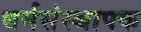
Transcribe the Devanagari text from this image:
धर्मसंस्थापक